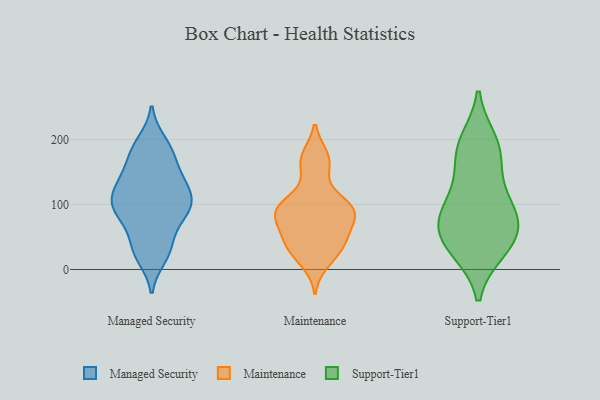
{"axis": {"x": "Waste Production (Tons)", "y": "Value"}, "legend": ["Maintenance", "Managed Security", "Support-Tier1"], "data": [{"x": "", "y": 92, "type": "Managed Security"}, {"x": "", "y": 180, "type": "Managed Security"}, {"x": "", "y": 33, "type": "Managed Security"}, {"x": "", "y": 130, "type": "Managed Security"}, {"x": "", "y": 85, "type": "Managed Security"}, {"x": "", "y": 39, "type": "Managed Security"}, {"x": "", "y": 93, "type": "Managed Security"}, {"x": "", "y": 173, "type": "Managed Security"}, {"x": "", "y": 196, "type": "Managed Security"}, {"x": "", "y": 127, "type": "Managed Security"}, {"x": "", "y": 147, "type": "Managed Security"}, {"x": "", "y": 82, "type": "Managed Security"}, {"x": "", "y": 121, "type": "Managed Security"}, {"x": "", "y": 106, "type": "Managed Security"}, {"x": "", "y": 19, "type": "Managed Security"}, {"x": "", "y": 95, "type": "Maintenance"}, {"x": "", "y": 40, "type": "Maintenance"}, {"x": "", "y": 79, "type": "Maintenance"}, {"x": "", "y": 171, "type": "Maintenance"}, {"x": "", "y": 174, "type": "Maintenance"}, {"x": "", "y": 66, "type": "Maintenance"}, {"x": "", "y": 95, "type": "Maintenance"}, {"x": "", "y": 49, "type": "Maintenance"}, {"x": "", "y": 150, "type": "Maintenance"}, {"x": "", "y": 34, "type": "Maintenance"}, {"x": "", "y": 29, "type": "Maintenance"}, {"x": "", "y": 97, "type": "Maintenance"}, {"x": "", "y": 98, "type": "Maintenance"}, {"x": "", "y": 11, "type": "Maintenance"}, {"x": "", "y": 98, "type": "Maintenance"}, {"x": "", "y": 72, "type": "Maintenance"}, {"x": "", "y": 97, "type": "Support-Tier1"}, {"x": "", "y": 60, "type": "Support-Tier1"}, {"x": "", "y": 70, "type": "Support-Tier1"}, {"x": "", "y": 30, "type": "Support-Tier1"}, {"x": "", "y": 95, "type": "Support-Tier1"}, {"x": "", "y": 139, "type": "Support-Tier1"}, {"x": "", "y": 82, "type": "Support-Tier1"}, {"x": "", "y": 185, "type": "Support-Tier1"}, {"x": "", "y": 196, "type": "Support-Tier1"}, {"x": "", "y": 33, "type": "Support-Tier1"}, {"x": "", "y": 43, "type": "Support-Tier1"}, {"x": "", "y": 180, "type": "Support-Tier1"}]}